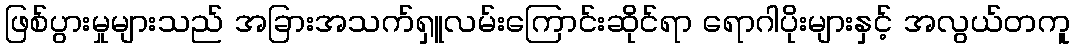
ဖြစ်ပွားမှုများသည် အခြားအသက်ရှူလမ်းကြောင်းဆိုင်ရာ ရောဂါပိုးများနှင့် အလွယ်တကူ